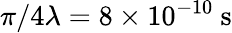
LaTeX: \pi/4\lambda=8\times 10^{-10}~\mathrm{s}